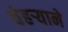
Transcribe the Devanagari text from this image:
चेहऱ्याने